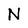
Character: N